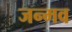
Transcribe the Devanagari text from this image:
जन्मव